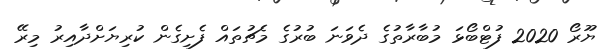
ޔޫރޯ 2020 ފުޓްބޯޅަ މުބާރާތުގެ ދެވަނަ ބުރުގެ މެޗުތައް ފެށިގެން ކުރިޔަށްދާއިރު މިރޭ